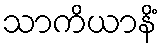
သာကိယာနိံ